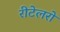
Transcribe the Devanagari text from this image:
रीटेलरों